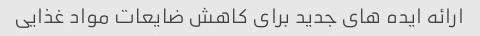
ارائه ایده های جدید برای کاهش ضایعات مواد غذایی